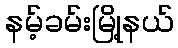
နမ့်ခမ်းမြို့နယ်